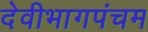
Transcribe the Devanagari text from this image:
देवीभागपंचम